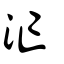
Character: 汒